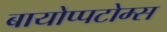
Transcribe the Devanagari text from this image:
बायोप्पटोम्स